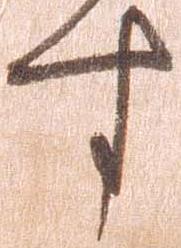
す